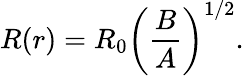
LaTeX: R(r)=R_{0}\left(\frac{B}{A}\right)^{1/2}.